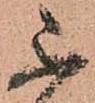
不